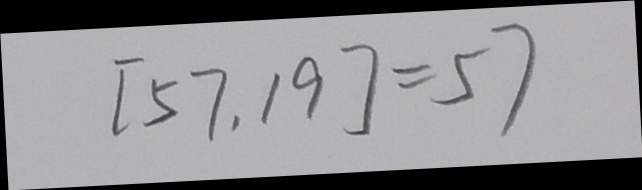
[ 5 7 , 1 9 ] = 5 7